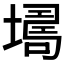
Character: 𡑏